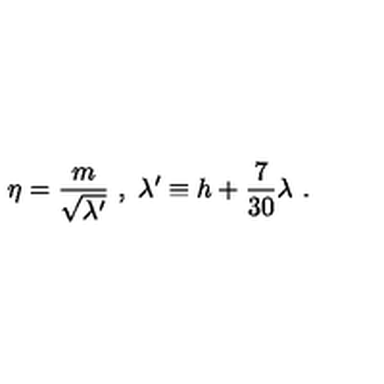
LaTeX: \eta = { \frac { m } { \sqrt { \lambda ^ { \prime } } } } \ , \ \lambda ^ { \prime } \equiv h + { \frac { 7 } { 3 0 } } \lambda \ .